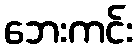
ဘေးကင်း